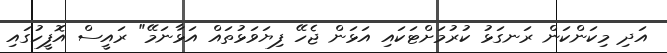
އަދި މިކަންކަން ރަނގަޅު ކުރުމަށްޓަކައި އަޅަން ޖެހޭ ފިޔަވަޅުތައް އަޅާނަމޭ" ރައީސް އޮފީހުގައި